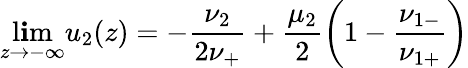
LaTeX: \operatorname*{l\mathbf{i}m}_{z\to-\infty}u_{2}(z)=-\frac{{\nu_{2}}}{{2\nu_{+}}}+\frac{{\mu_{2}}}{{2}}\left(1-\frac{{\nu_{1-}}}{{\nu_{1+}}}\right)